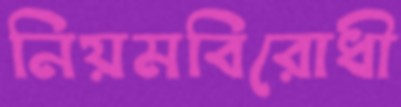
নিয়মবিরোধী